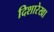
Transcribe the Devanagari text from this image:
दिशारेखा